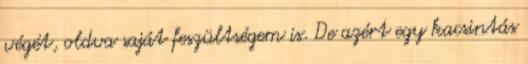
végét, oldva saját feszültségem is. De azért egy kacsintás